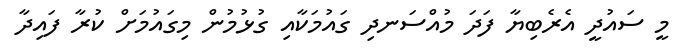
މީ ސައުދީ އެރެބިޔާ ފަދަ މުއްސަނދި ގައުމަކާއި ގުޅުމުން މިގައުމަށް ކުރާ ފައިދާ